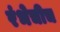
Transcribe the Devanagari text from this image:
रंभेचीच